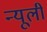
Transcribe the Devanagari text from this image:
न्यूली